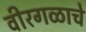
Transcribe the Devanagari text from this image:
वीरगळाचे